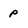
Character: P